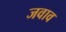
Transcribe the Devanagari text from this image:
जवाव